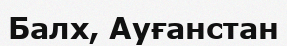
Балх, Ауғанстан